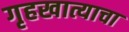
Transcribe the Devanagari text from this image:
गृहखात्याचा